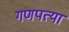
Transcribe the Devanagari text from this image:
गणपत्या